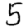
Digit: 5